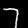
Digit: 7